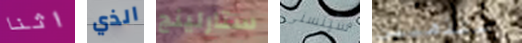
اثنا الذي ستارلينج سيتسنى ستذهبين